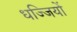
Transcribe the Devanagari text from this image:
धज्जियों